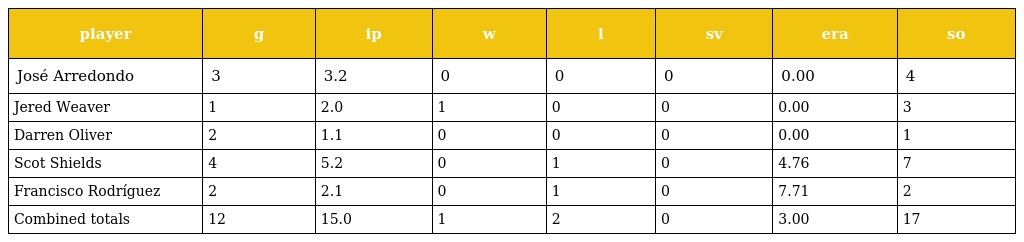
| player | g | ip | w | l | sv | era | so |
 | --- | --- | --- | --- | --- | --- | --- | --- |
 | José Arredondo | 3 | 3.2 | 0 | 0 | 0 | 0.00 | 4 |
 | Jered Weaver | 1 | 2.0 | 1 | 0 | 0 | 0.00 | 3 |
 | Darren Oliver | 2 | 1.1 | 0 | 0 | 0 | 0.00 | 1 |
 | Scot Shields | 4 | 5.2 | 0 | 1 | 0 | 4.76 | 7 |
 | Francisco Rodríguez | 2 | 2.1 | 0 | 1 | 0 | 7.71 | 2 |
 | Combined totals | 12 | 15.0 | 1 | 2 | 0 | 3.00 | 17 |